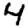
Digit: 4